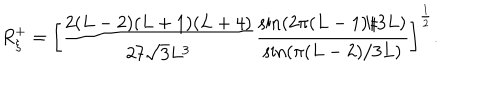
R _ { \xi } ^ { + } = \left[ \frac { 2 ( L - 2 ) ( L + 1 ) ( L + 4 ) } { 2 7 \sqrt { 3 } L ^ { 3 } } \frac { \sin ( 2 \pi ( L - 1 ) / 3 L ) } { \sin ( \pi ( L - 2 ) / 3 L ) } \right] ^ { \frac { 1 } { 2 } } .